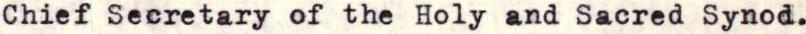
Chief Secretary of the Holy and Sacred Synod.